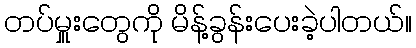
တပ်မှူးတွေကို မိန့်ခွန်းပေးခဲ့ပါတယ်။